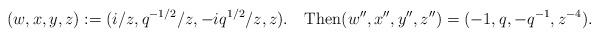
LaTeX: \begin{align*}(w,x,y,z):=(i/z,q^{-1/2}/z,-iq^{1/2}/z,z).\quad\mbox{Then}(w'',x'',y'',z'')=(-1,q,-q^{-1},z^{-4}).\end{align*}